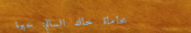
محاماة خالد السالم: خبرة